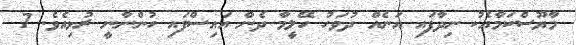
މާޔޫސްކަމާއެކު ނިދާފައި އަނެއް ދުވަހު ހޭލީމާ ދެން އައިސްފައި ހުންނާނީ ރުޅިއެވެ. 7